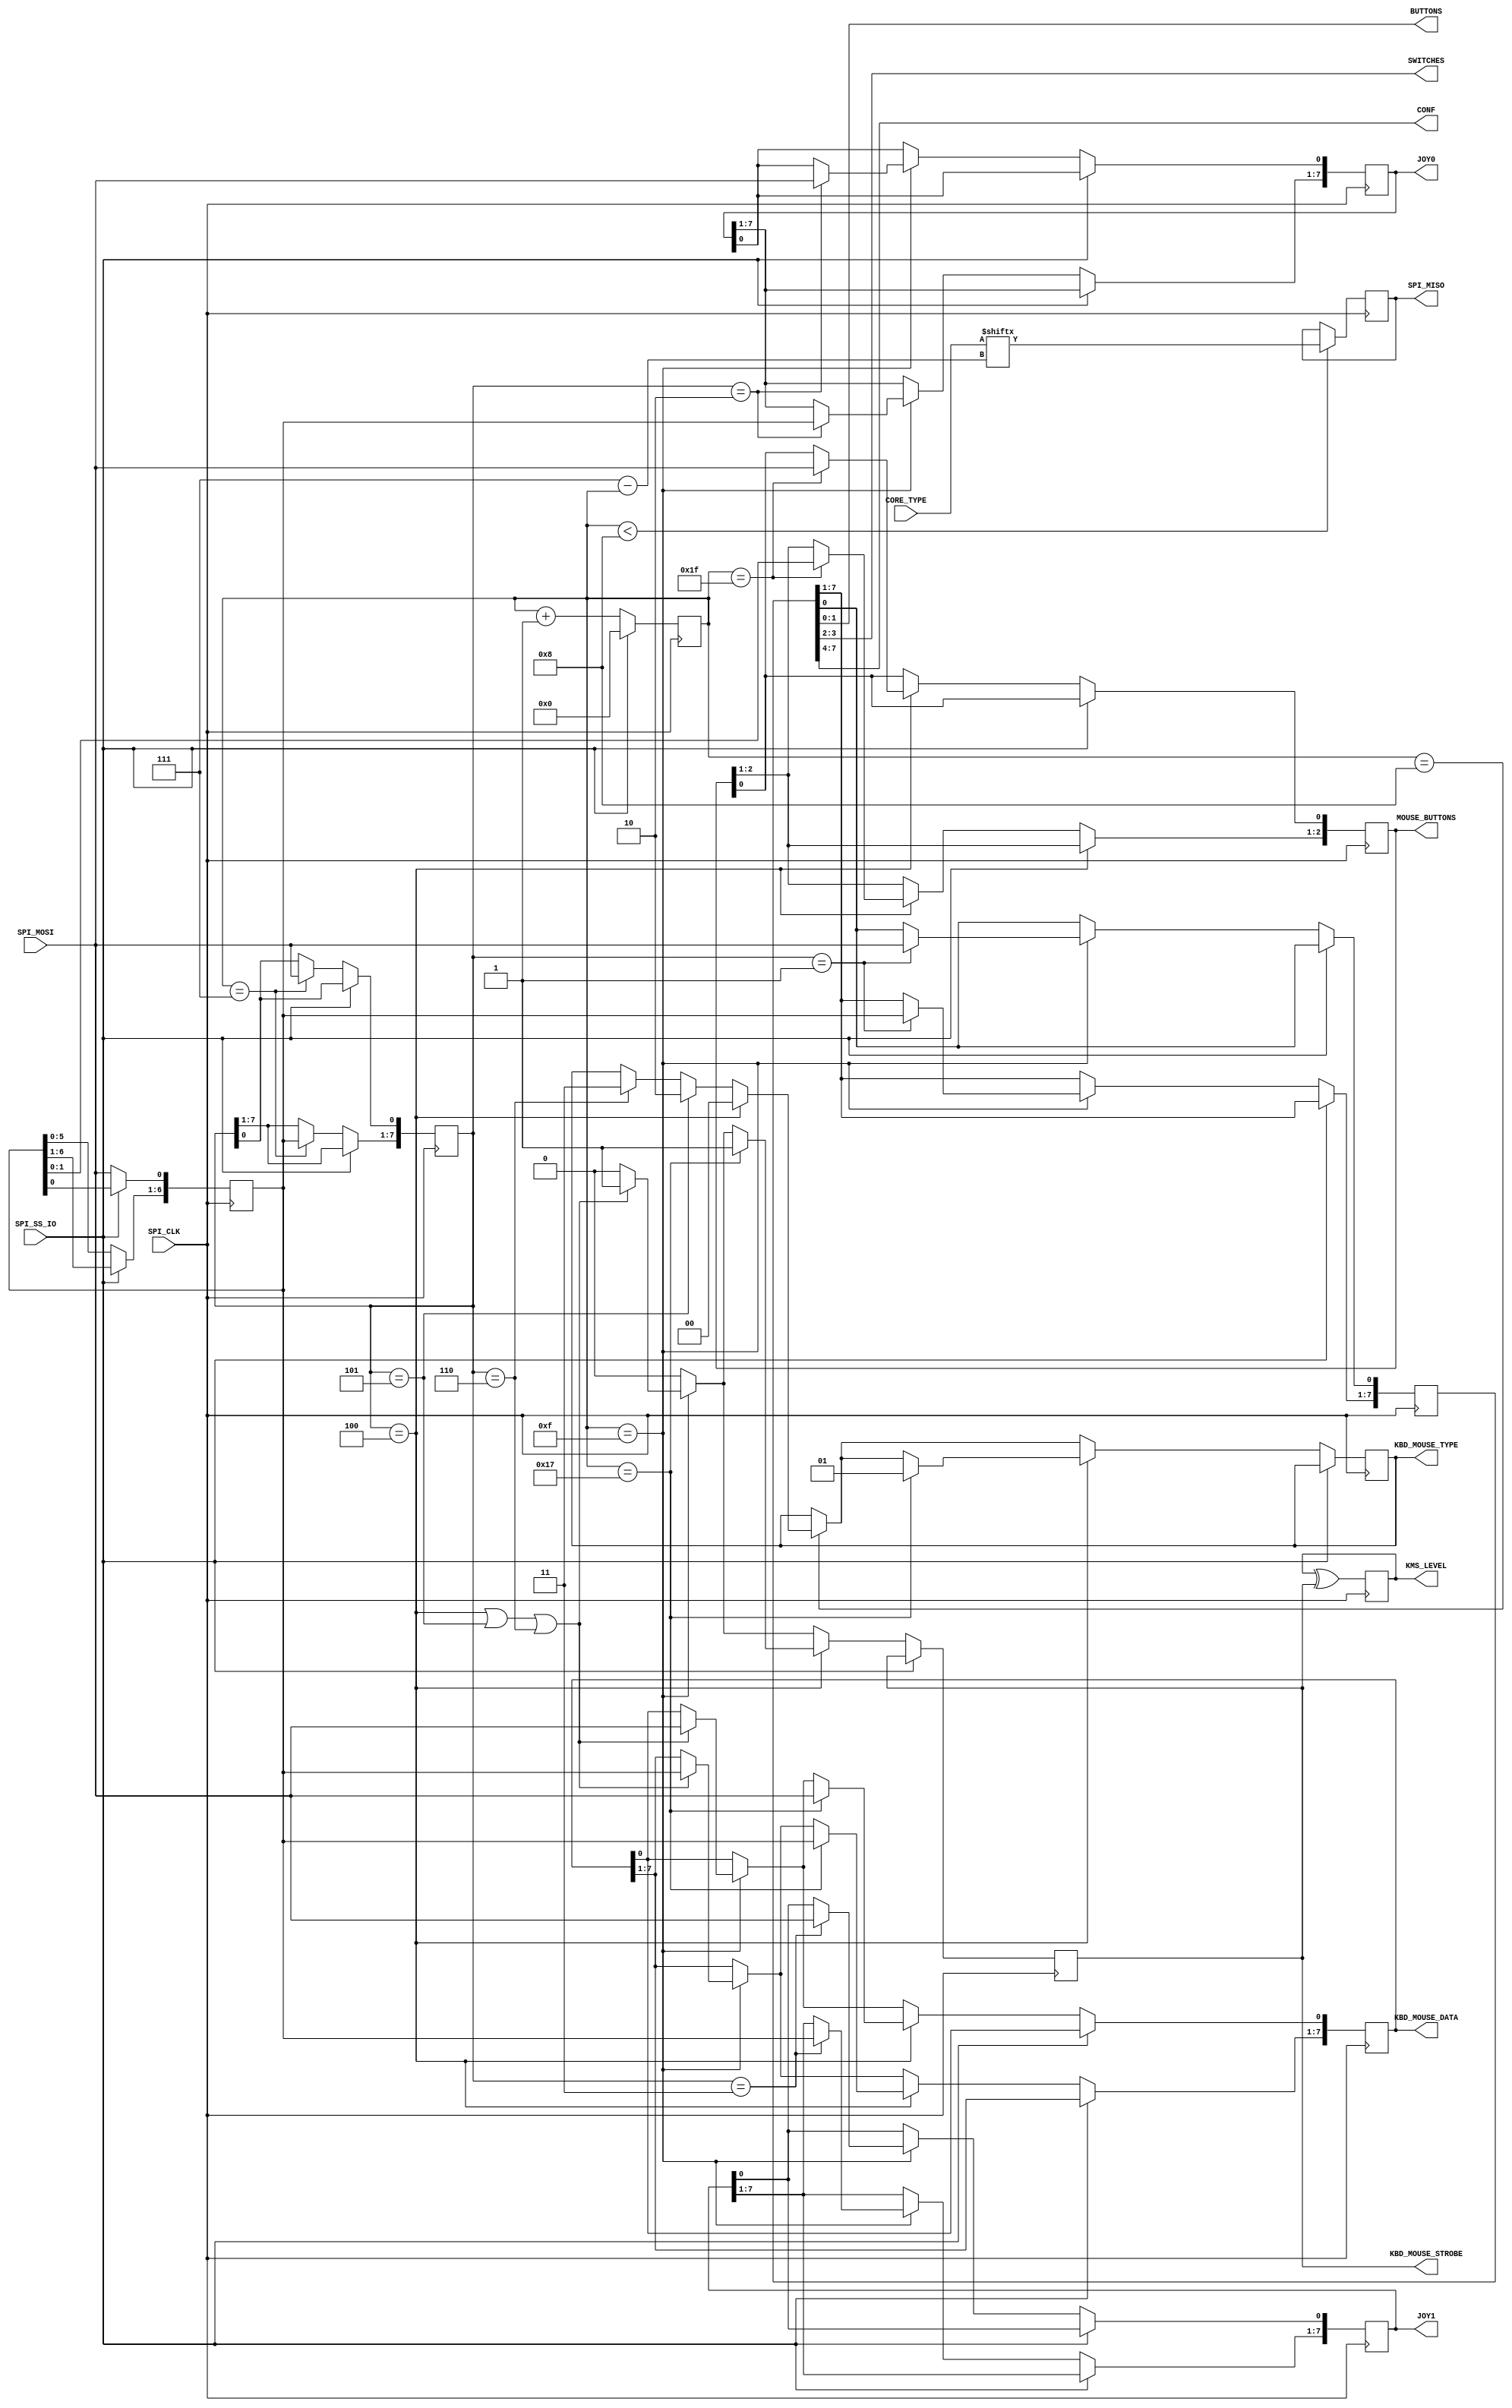
module user_io( 
	   input      SPI_CLK,
	   input      SPI_SS_IO,
	   output     reg SPI_MISO,
	   input      SPI_MOSI,
	   input [7:0] CORE_TYPE,
		output [7:0] JOY0,
		output [7:0] JOY1,
		output [2:0] MOUSE_BUTTONS,
		output       KBD_MOUSE_STROBE,
    output       KMS_LEVEL,
		output [1:0] KBD_MOUSE_TYPE,
		output [7:0] KBD_MOUSE_DATA,
		output [1:0] BUTTONS,
		output [1:0] SWITCHES,
    output [3:0] CONF
	   );
   reg [6:0]         sbuf;
   reg [7:0]         cmd;
   reg [5:0] 	      cnt;
   reg [7:0]         joystick0;
   reg [7:0]         joystick1;
   reg [7:0] 	      but_sw;
	 reg               kbd_mouse_strobe;
   reg               kbd_mouse_strobe_level;
   reg [1:0]         kbd_mouse_type;
   reg [7:0]         kbd_mouse_data;
   reg [2:0]         mouse_buttons;
	assign JOY0 = joystick0;
	assign JOY1 = joystick1;
	assign KBD_MOUSE_DATA = kbd_mouse_data; 
	assign KBD_MOUSE_TYPE = kbd_mouse_type; 
	assign KBD_MOUSE_STROBE = kbd_mouse_strobe; 
  assign KMS_LEVEL = kbd_mouse_strobe_level; 
	assign MOUSE_BUTTONS = mouse_buttons; 
	assign BUTTONS  = but_sw[1:0];
	assign SWITCHES = but_sw[3:2];
  assign CONF     = but_sw[7:4];
   always@(negedge SPI_CLK) begin
      if(cnt < 8)
		  SPI_MISO <= CORE_TYPE[7-cnt];
	end
   always@(posedge SPI_CLK) begin
    kbd_mouse_strobe_level <= #1 kbd_mouse_strobe_level ^ kbd_mouse_strobe;
		if(SPI_SS_IO == 1) begin
        cnt <= 0;
		end else begin
			sbuf[6:1] <= sbuf[5:0];
			sbuf[0] <= SPI_MOSI;
			cnt <= cnt + 1;
	      if(cnt == 7) begin
			   cmd[7:1] <= sbuf; 
				cmd[0] <= SPI_MOSI;
		   end	
	      if(cnt == 8) begin
				if(cmd == 4)
				  kbd_mouse_type <= 2'b00;  
				else if(cmd == 5)
				  kbd_mouse_type <= 2'b10;  
		 		else if(cmd == 6)
				  kbd_mouse_type <= 2'b11;  
		   end
	      kbd_mouse_strobe <= 0;
	      if(cnt == 15) begin
			   if(cmd == 1) begin
					 but_sw[7:1] <= sbuf[6:0];
					 but_sw[0] <= SPI_MOSI; 
				end
			   if(cmd == 2) begin
					 joystick0[7:1] <= sbuf[6:0]; 
					 joystick0[0] <= SPI_MOSI; 
				end
			   if(cmd == 3) begin
					 joystick1[7:1] <= sbuf[6:0]; 
					 joystick1[0] <= SPI_MOSI; 
			   end
			   if((cmd == 4)||(cmd == 5)||(cmd == 6)) begin
					 kbd_mouse_data[7:1] <= sbuf[6:0]; 
					 kbd_mouse_data[0] <= SPI_MOSI; 
					 kbd_mouse_strobe <= 1;		
				end
			end	
			if(cmd == 4) begin
				if(cnt == 23) begin
					 kbd_mouse_data[7:1] <= sbuf[6:0]; 
					 kbd_mouse_data[0] <= SPI_MOSI; 
					 kbd_mouse_strobe <= 1;		
					 kbd_mouse_type <= 2'b01;
				end
				if(cnt == 31) begin
					 mouse_buttons[2:1] <= sbuf[1:0]; 
					 mouse_buttons[0] <= SPI_MOSI; 
				end
			end
		end
	end
endmodule